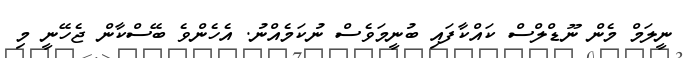
ނީލަމް މެން ނޫޑްލްސް ކައްކާފައި ބުނީމަވެސް ނުކަމެއްނު. އެހެންވެ ބޭސްކާން ޖެހޭނީ މި